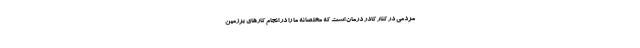
مردمی در کنار کادر درمان است که مخلصانه ما را در انجام کارهای برزمین